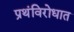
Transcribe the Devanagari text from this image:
प्रथंविरोधात